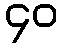
၄၀